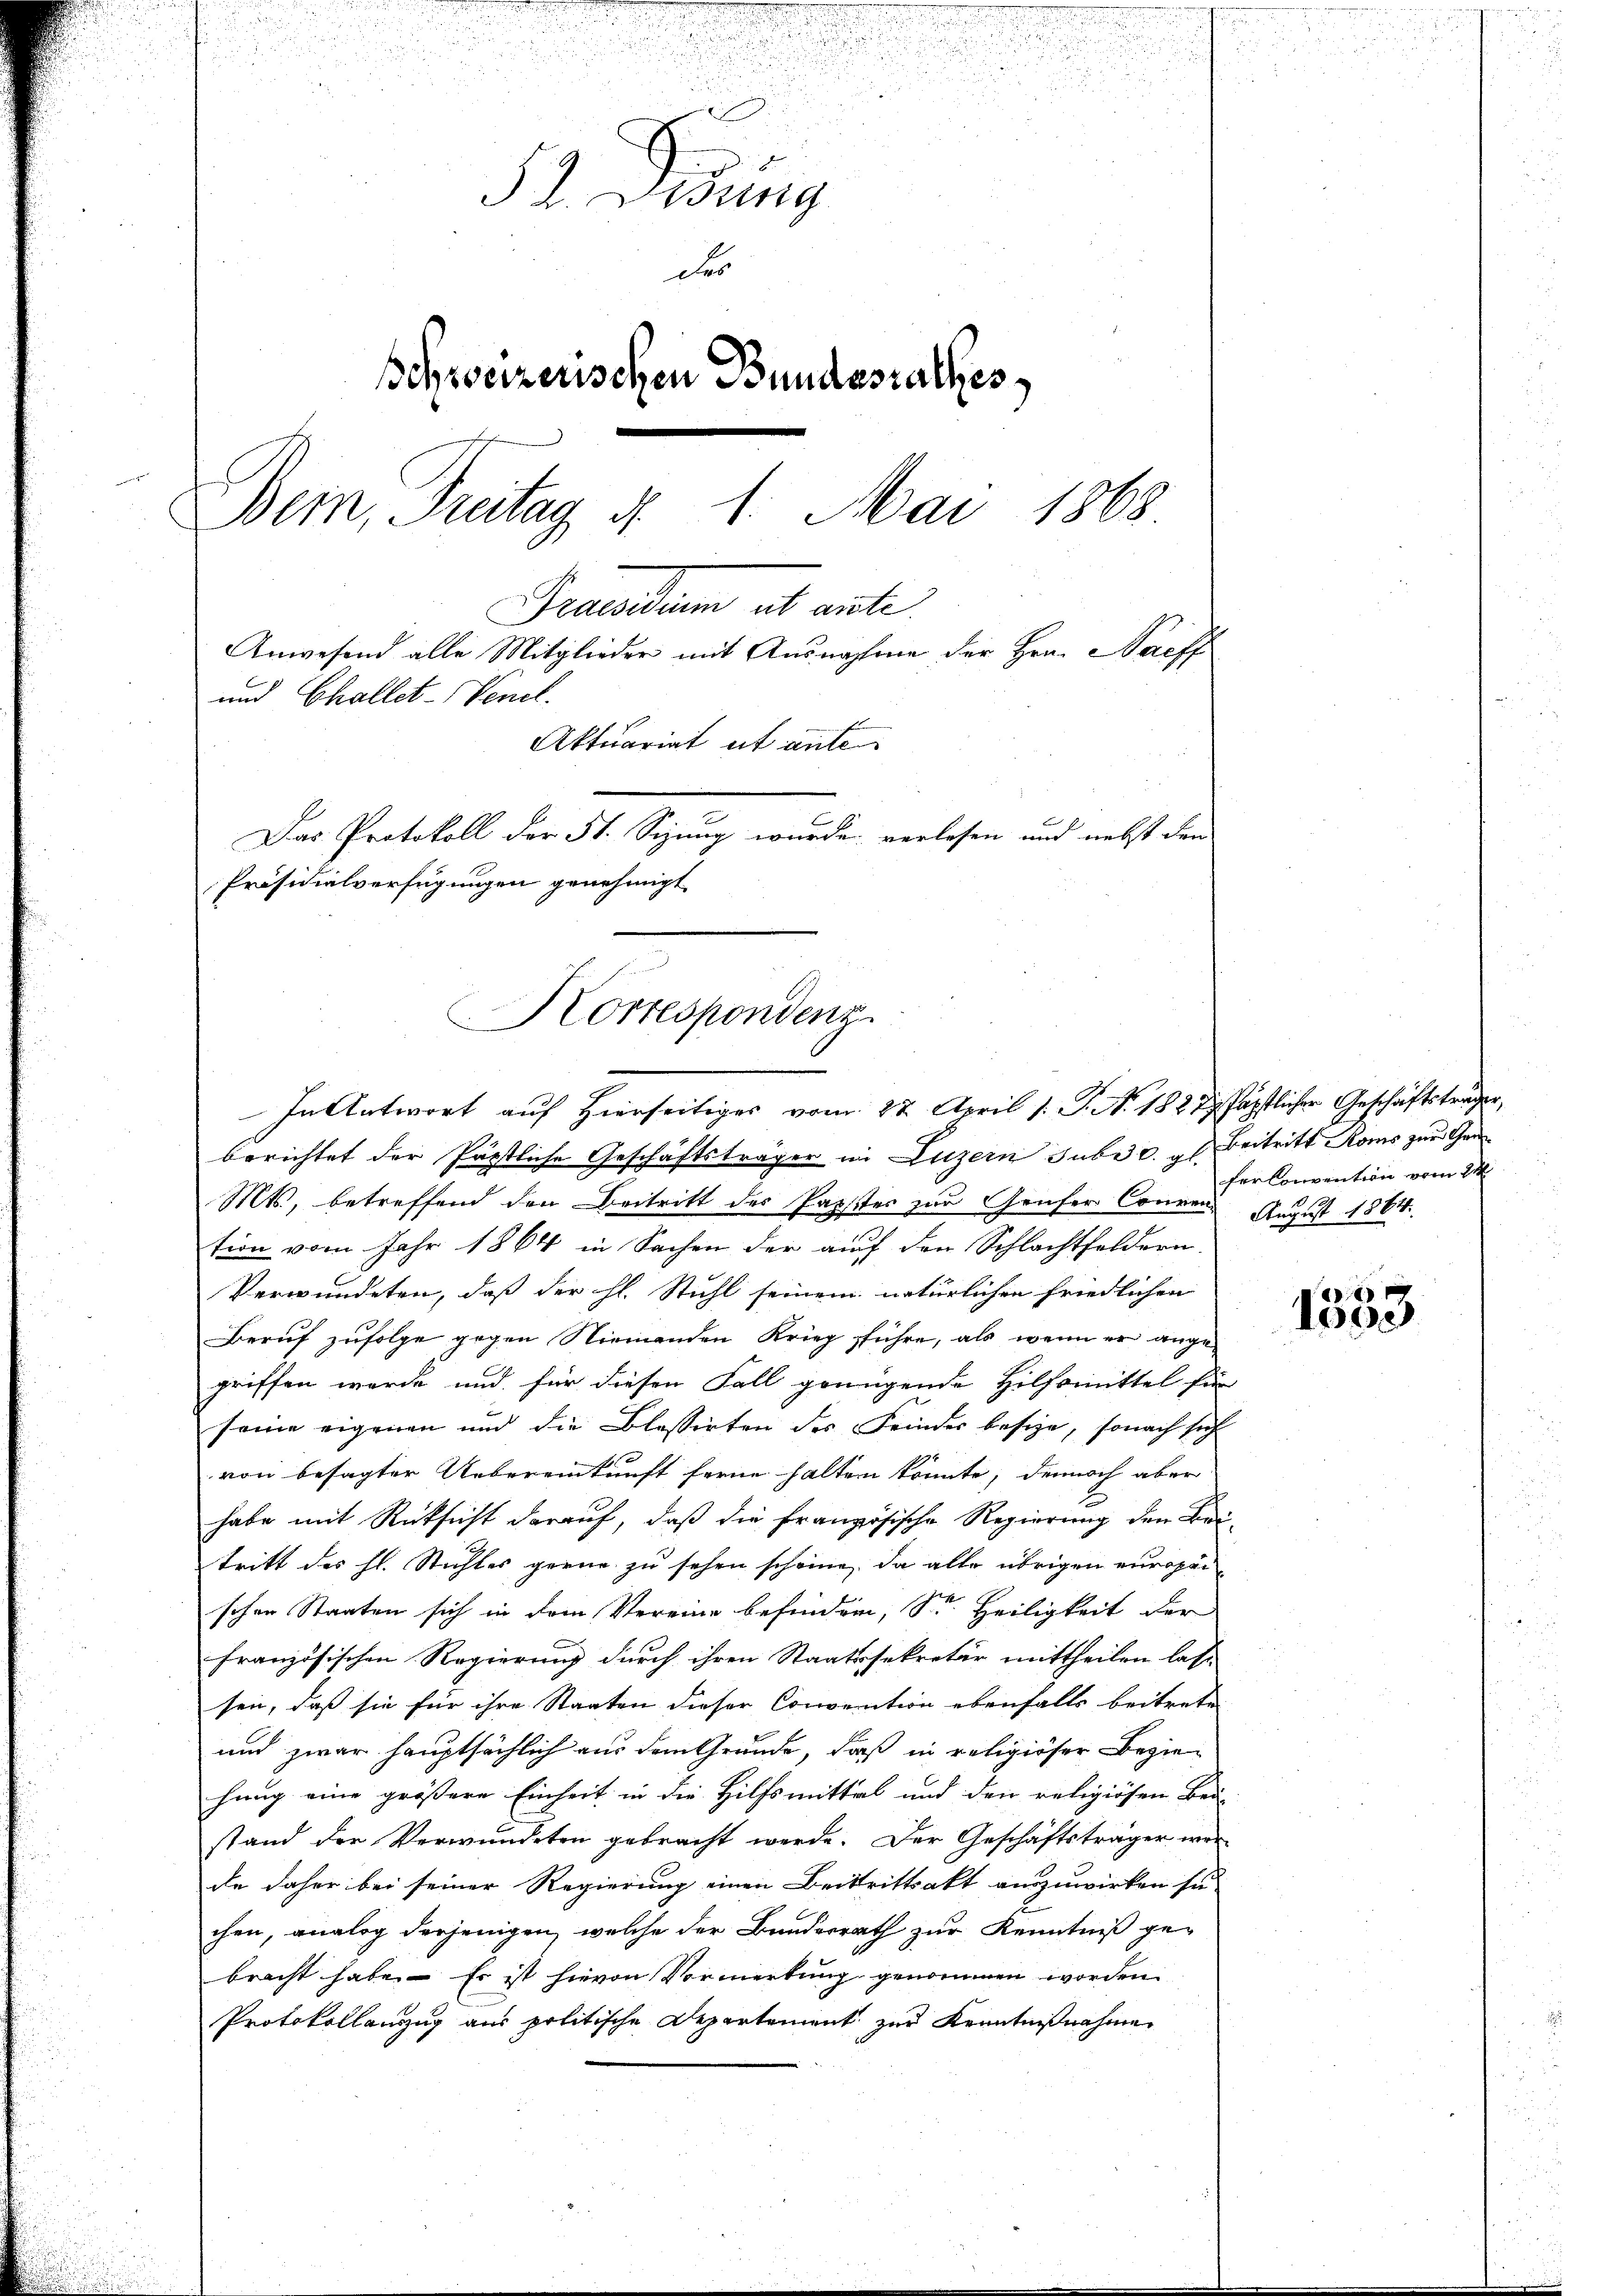
u

§ 2. Wurig
des
schweizerischen Bundesrathes
Bem, Freitag §. 1. Mai 1868.
Grandum et aute
Anwesend alle Mitglieder mit Ausnahme der Hrn. Nachf
und Challet-Venel.
Aktuariat et ante
Das Protokoll der St. Sizung wurde verlesen und nebst den
Präsidialverfügungen genehmigt

Korrespondenz
In Antwort auf Hierseitiges vom 22. April 1. P. No. 1827fäpstlicher Geschäftsträger,

berichtet der Pästliche Geschäftsträger in Luzern subi c. gl. Beitritt Roms zur Gen
Mts., betreffend den Beitritt des Papster zur Genfer Connen August 1864
tion vom Jahr 1864 in Sachen der auf den Schlachtfeldern.
Verwundeten, daß der hl. Stuhl seinem natürlichen Friedlichen
Beruf zufolge gegen Niemanden Krieg führe, als wenn er angegriffen werde und für diesen Fall genügende Hilfsmittel für
seine eigenen und die Blassirten des Feinder besize, sonach sich
von besagter Uebereinkunft ferne halten könnte, dennoch aber
habe mit Rücksicht darauf, daß die französische Regierung den Beitritt des hl. Stichter gerne zu sehen scheine, da alle übrigen europeischen Staaten sich in dem Vereine befinden, Sr. Heiligkeit der
französischen Regierung durch ihren Staatssekretär mittheilen lass
sen, daß sie für ihre Staaten dieser Convention ebenfalls beitrete
und zwar hauptsächlich aus dem Grunde, daß in religiöser Beziehung eine größere Einheit in die Hilfsmittel und den religiösen Bei-
stand der Verwundeten gebracht werde. Der Geschäftsträger wer-
de daher bei seiner Regierung einen Beitrittsakt auszuwirken sie
chen, analog derjenigen, welche der Bunderrath zur Kenntniß gebracht habe. – Es ist hievon Vormerkung genommen worden.
Protokollanzug aus politische Departement zur Kenntnißnahmen

ferkonvention vom 21

e
10ge